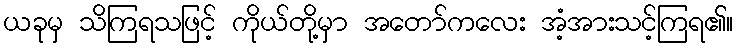
ယခုမှ သိကြရသဖြင့် ကိုယ်တို့မှာ အတော်ကလေး အံ့အားသင့်ကြရ၏။